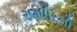
રણધીરની